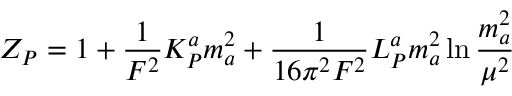
Z _ { P } = 1 + \frac { 1 } { F ^ { 2 } } K _ { P } ^ { a } m _ { a } ^ { 2 } + \frac { 1 } { 1 6 \pi ^ { 2 } F ^ { 2 } } L _ { P } ^ { a } m _ { a } ^ { 2 } \ln \frac { m _ { a } ^ { 2 } } { \mu ^ { 2 } }